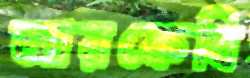
আরকেবি